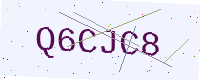
Text: Q6CJC8